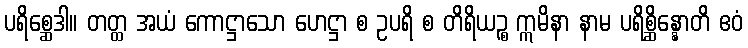
ပရိစ္ဆေဒါ။ တတ္ထ အယံ ကောဋ္ဌာသော ဟေဋ္ဌာ စ ဥပရိ စ တိရိယဉ္စ ဣမိနာ နာမ ပရိစ္ဆိန္နောတိ ဧဝံ